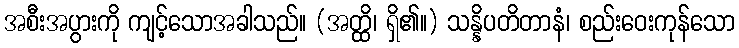
အစီးအပွားကို ကျင့်သောအခါသည်။ (အတ္ထိ၊ ရှိ၏။) သန္နိပတိတာနံ၊ စည်းဝေးကုန်သော